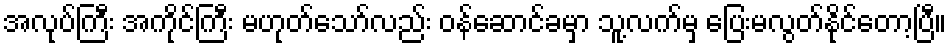
အလုပ်ကြီး အကိုင်ကြီး မဟုတ်သော်လည်း ဝန်ဆောင်ခမှာ သူ့လက်မှ ပြေးမလွတ်နိုင်တော့ပြီ။